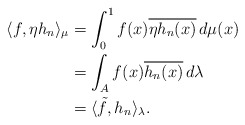
\begin{align*}\langle f,\eta h_n\rangle_{\mu} &=\int_{0}^{1}f(x)\overline{\eta h_n(x)}\,d\mu(x)\\&=\int_{A}f(x)\overline{h_n(x)}\,d\lambda\\&=\langle\tilde{f},h_n\rangle_{\lambda}.\end{align*}